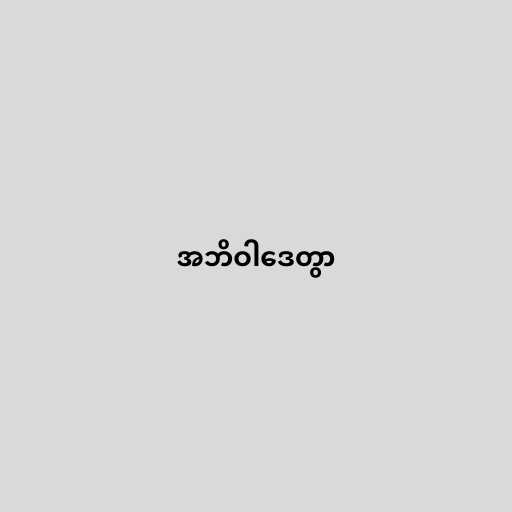
အဘိဝါဒေတွာ